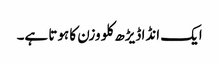
ایک انڈا ڈیڑھ کلو وزن کا ہوتا ہے۔